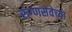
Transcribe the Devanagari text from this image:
रुग्णसेवेच्या